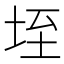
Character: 垤